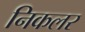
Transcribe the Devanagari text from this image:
निकलर